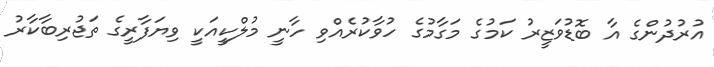
އުރުދުންގެ އާ ބޮޑުވަޒީރު ކަމުގެ މަގާމުގެ ހުވާކުރެއްވި ހާނީ މުލްކީއަކީ ވިޔަފާރީގެ ތަޖުރިބާކާރު